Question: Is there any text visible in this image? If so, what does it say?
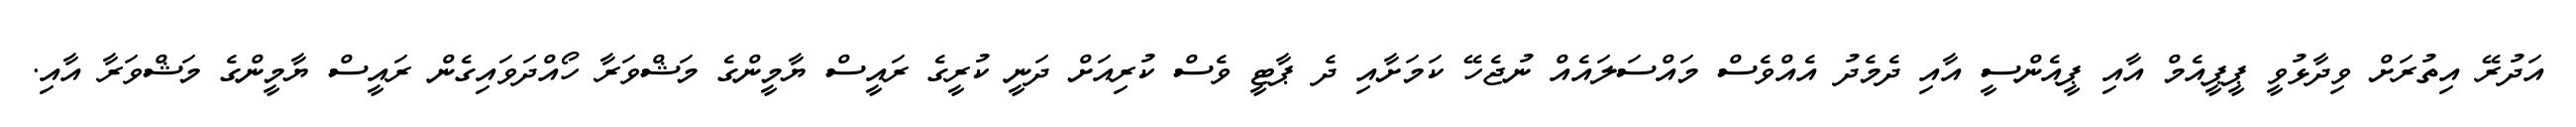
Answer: އަދުރޭ އިތުރަށް ވިދާޅުވީ ޕީޕީއެމް އާއި ޕީއެންސީ އާއި ދެމެދު އެއްވެސް މައްސަލައެއް ނުޖެހޭ ކަމަށާއި ދެ ޕާޓީ ވެސް ކުރިއަށް ދަނީ ކުރީގެ ރައީސް ޔާމީންގެ މަޝްވަރާ ހޯއްދަވައިގެން ރައީސް ޔާމީންގެ މަޝްވަރާ އާއި.